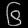
Digit: ၆